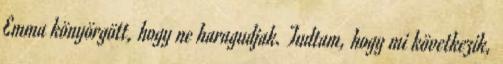
Emma könyörgött, hogy ne haragudjak. Tudtam, hogy mi következik,